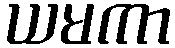
ယမကာ